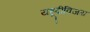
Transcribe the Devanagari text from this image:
यहूदीविजय